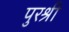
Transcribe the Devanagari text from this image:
पुरश्री